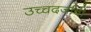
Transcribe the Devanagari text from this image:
उच्चदर्जाची